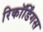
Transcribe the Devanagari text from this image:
रिकॉर्डिंगस